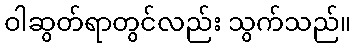
ဝါဆွတ်ရာတွင်လည်း သွက်သည်။